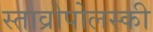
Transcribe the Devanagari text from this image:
स्ताव्रोपोलस्की